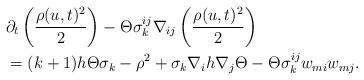
LaTeX: \begin{align*}&\partial_{t}\left(\frac{\rho(u,t)^{2}}{2}\right)-\Theta\sigma^{ij}_{k}\nabla_{ij}\left(\frac{\rho(u,t)^{2}}{2}\right)\\&=(k+1)h\Theta\sigma_{k}-\rho^{2}+\sigma_{k}\nabla_{i}h\nabla_{j}\Theta-\Theta\sigma^{ij}_{k}w_{mi}w_{mj}.\end{align*}